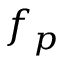
f _ { p }